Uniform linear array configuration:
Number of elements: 16
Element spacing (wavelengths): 1
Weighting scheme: hann
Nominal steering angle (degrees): -30
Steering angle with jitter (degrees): -29.074
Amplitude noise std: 0.05
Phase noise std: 0.05

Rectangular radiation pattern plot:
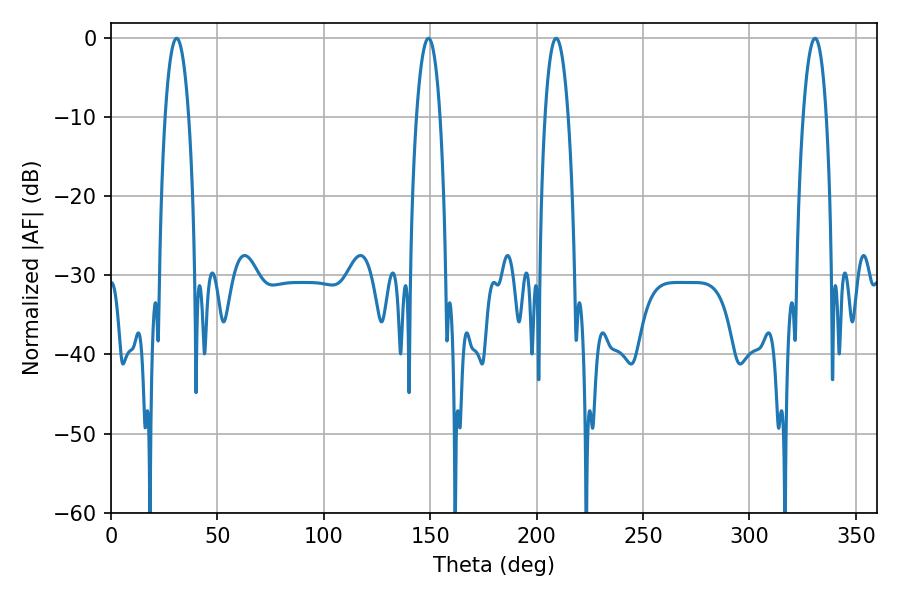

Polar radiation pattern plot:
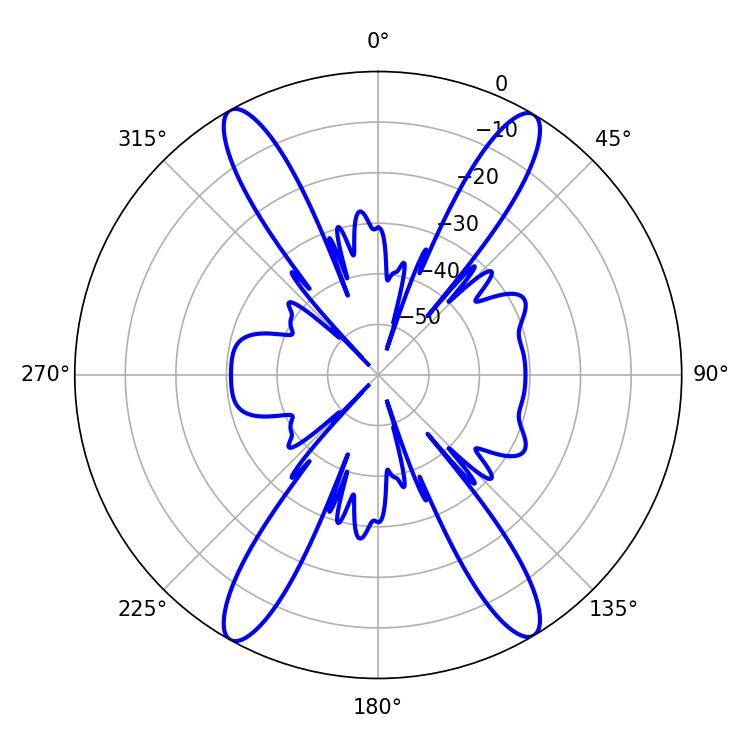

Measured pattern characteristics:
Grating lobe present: TRUE
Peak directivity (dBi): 23.904
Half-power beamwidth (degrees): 5.94
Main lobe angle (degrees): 209.16